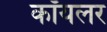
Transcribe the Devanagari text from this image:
कॉयलर